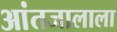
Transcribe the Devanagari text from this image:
आंतजालाला